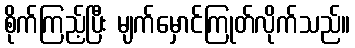
စိုက်ကြည့်ပြီး မျက်မှောင်ကြုတ်လိုက်သည်။